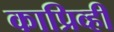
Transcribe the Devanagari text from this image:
काप्रिव्ही